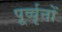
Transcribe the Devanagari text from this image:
पूर्व्वृत्तों